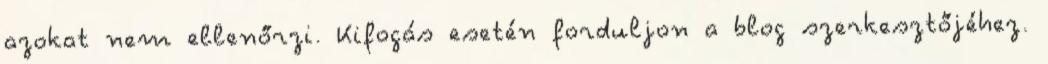
azokat nem ellenőrzi. Kifogás esetén forduljon a blog szerkesztőjéhez.